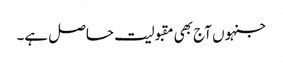
جنہوں آج بھی مقبولیت حاصل ہے۔